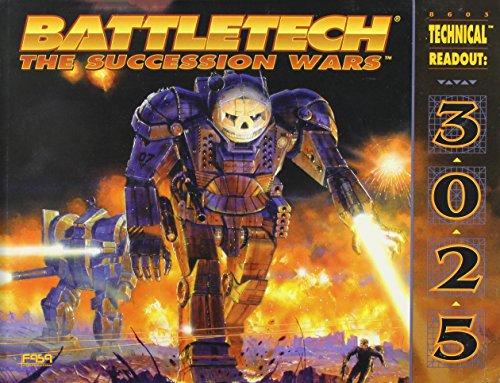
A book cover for Classic Battletech: Technical Readout 3025 (FPR10985); FanPro; Science Fiction & Fantasy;